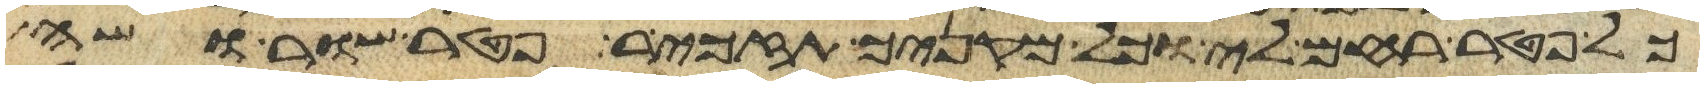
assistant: כל פטר רחם לי וכל מקניך תזכיר פטר שור ושה